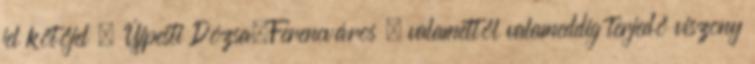
jel kötőjel , Újpesti Dózsa–Ferencváros , valamettől valameddig terjedő viszony